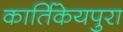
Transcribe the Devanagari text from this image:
कार्तिकेयपुरा